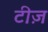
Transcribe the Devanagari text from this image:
टीज़